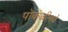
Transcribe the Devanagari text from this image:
पोकळीमधे